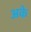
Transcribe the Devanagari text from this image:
अके